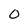
Character: O